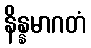
နိန္နမာဂတံ